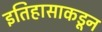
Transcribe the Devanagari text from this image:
इतिहासाकडून